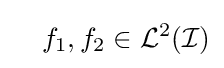
\quad f_{1},f_{2}\in {\mathcal {L}}^{2}({\mathcal {I}})